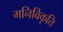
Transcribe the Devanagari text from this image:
मनिविकृति